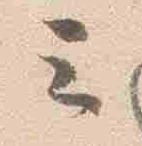
云